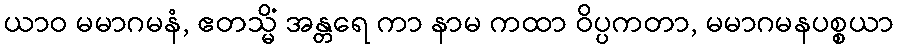
ယာဝ မမာဂမနံ, ဧတသ္မိံ အန္တရေ ကာ နာမ ကထာ ဝိပ္ပကတာ, မမာဂမနပစ္စယာ